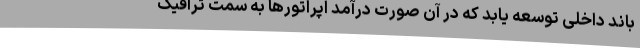
باند داخلی توسعه یابد که در آن صورت درآمد اپراتورها به سمت ترافیک